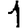
Digit: 1